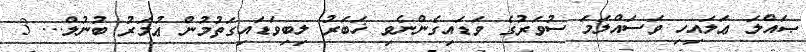
ޞައްލަ ޢަލައިހި ވަސައްލަމަ ސުވަރުގެ ވަޑައިގެންނެވި ޚަބަރު ލިބިވަޑައިގަތުމުން ޢުމަރު ބުނުލް... 3